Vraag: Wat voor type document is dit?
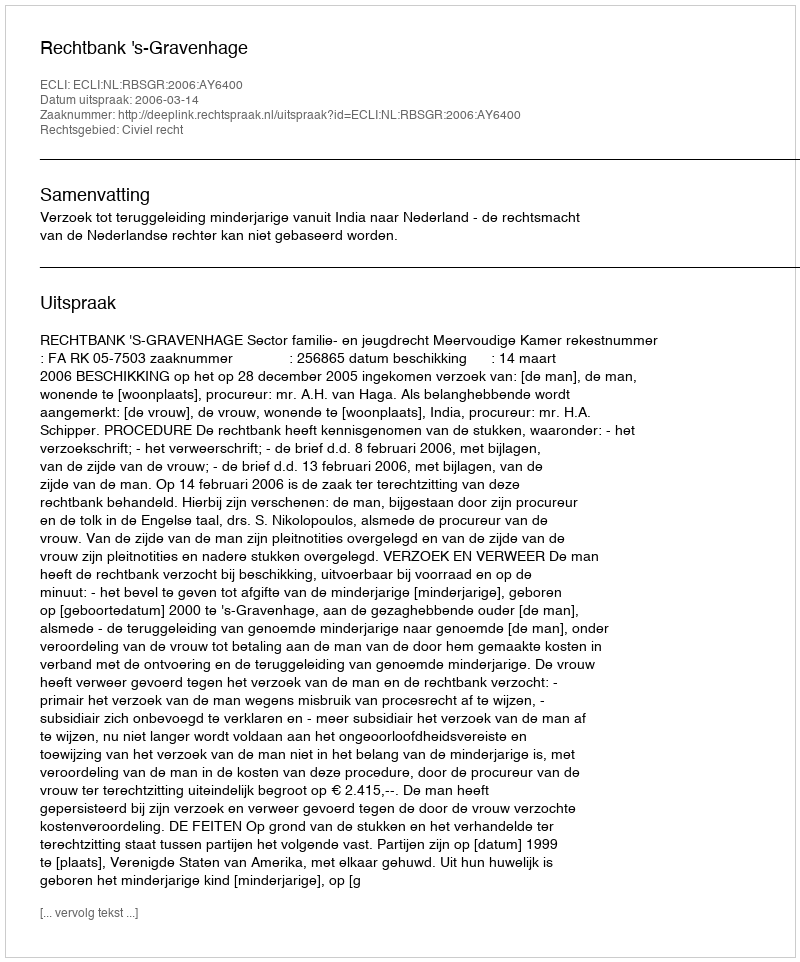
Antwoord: Uitspraak